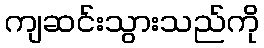
ကျဆင်းသွားသည်ကို